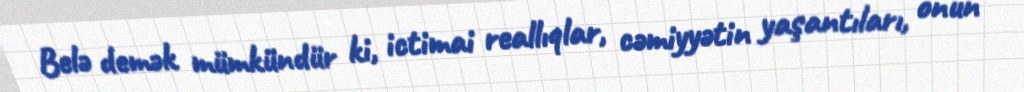
Belə demək mümkündür ki, ictimai reallıqlar, cəmiyyətin yaşantıları, onun